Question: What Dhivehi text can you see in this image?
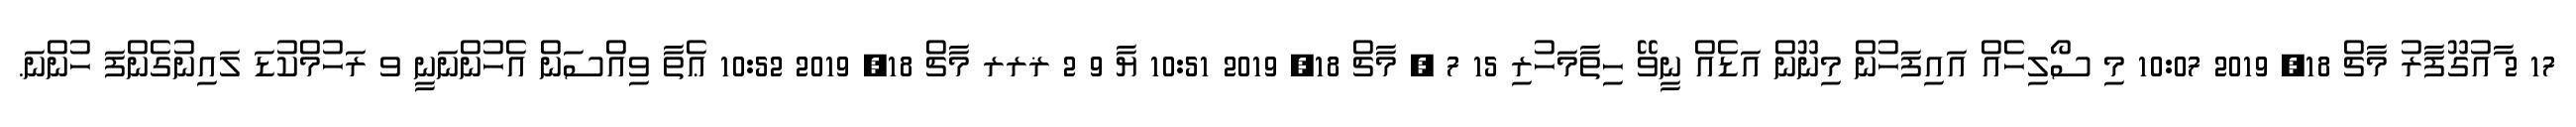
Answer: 17 2 ާއުގޫފާރު މާޗް 18, 2019 10:07 މި ސޯލިހެއް އައިފަހުން މިނޫން އަޑެއް ނީވޭ ހިތާމަހުރި 15 7 ? މާޗް 18, 2019 10:51 ޔާ 9 2 ޜރރ މާޗް 18, 2019 10:52 ޢެތާ ވިއްސަން އެހުންނަނީ ވ ރަހުމްކުޑަ ލައިނުގެންފަ ހުންނަ.